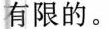
有限的。